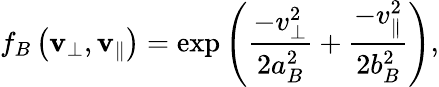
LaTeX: f_{B}\left(\mathbf{v}_{\perp},\mathbf{v}_{\| }\right)=\exp\left(\frac{-v_{\perp}^{2}}{2a_{B}^{2}}+\frac{-v_{\| }^{2}}{2b_{B}^{2}}\right),